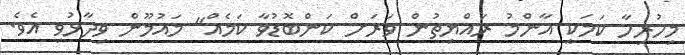
މިހުރިހާ ކަމަކީ އާންމު ރައްޔިތުން ވަރަށް ކަންބޮޑުވާ ކަމެއް" މައުމޫން ވިދާޅުވި އެވެ.